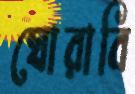
ঘোরাবি